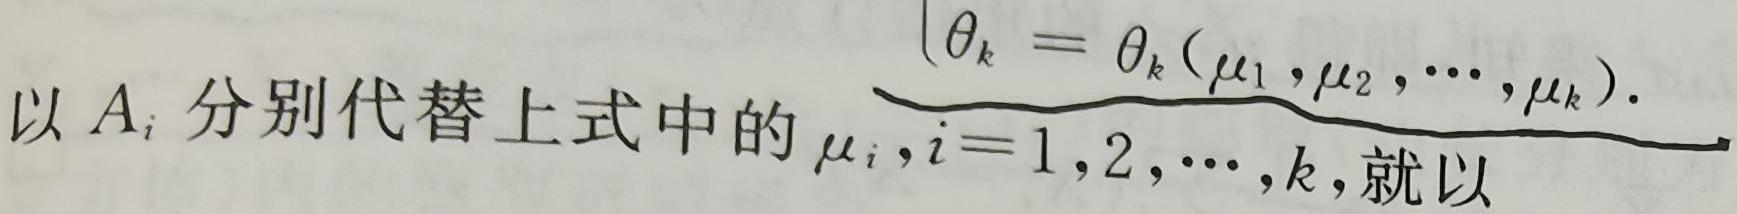
以 $A_{i}$ 分别代替上式中的 $\mu_{i},i = 1,2,\cdots,k$, 就以 $\theta_{k}=\theta_{k}(\mu_{1},\mu_{2},\cdots,\mu_{k})$.